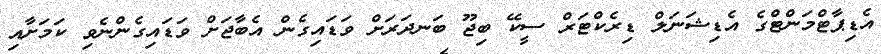
އެޑިޕާޓްމަންޓްގެ އެޑިޝަނަލް ޑިރެކްޓަރް ސީކޭ ބިޖޫ ބަނދަރަށް ވަޑައިގެން އެބާޖަށް ވަޑައިގެންނެވި ކަމަށާއި